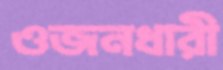
ওজনধারী